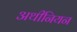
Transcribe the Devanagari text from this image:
अथीनियन